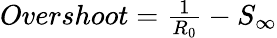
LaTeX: \begin{array}{r}{Overshoot=\frac{1}{R_{0}}-S_{\infty}}\end{array}